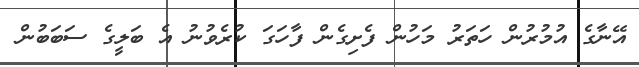
އޭނާގެ އުމުރުން ހަތަރު މަހުން ފެށިގެން ފާހަގަ ކުރެވުނު އެ ބަލީގެ ސަބަބުން